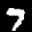
Label: 7